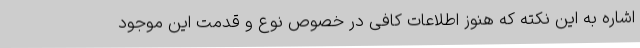
اشاره به این نکته که هنوز اطلاعات کافی در خصوص نوع و قدمت این موجود